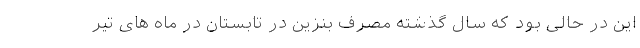
این در حالی بود که سال گذشته مصرف بنزین در تابستان در ماه های تیر